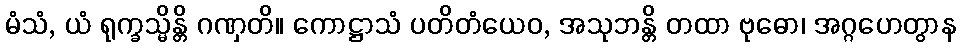
မံသံ, ယံ ရုက္ခသ္မိန္တိ ဂဏှတိ။ ကောဋ္ဌာသံ ပတိတံယေဝ, အသုဘန္တိ တထာ ဗုဓော၊ အဂ္ဂဟေတွာန